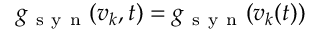
g _ { \mathrm { ~ s ~ y ~ n ~ } } ( v _ { k } , t ) = g _ { \mathrm { ~ s ~ y ~ n ~ } } ( v _ { k } ( t ) )